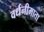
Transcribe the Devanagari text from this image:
वर्धनीमाता